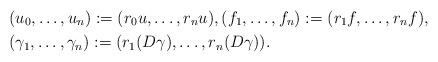
LaTeX: \begin{align*}&(u_{0}, \dots, u_{n}) := (r_{0} u, \dots, r_{n} u), (f_{1}, \dots, f_{n}) := (r_{1} f, \dots, r_{n} f), \\&(\gamma_{1}, \dots, \gamma_{n}) := (r_{1} (D \gamma), \dots, r_{n} (D \gamma)). \end{align*}